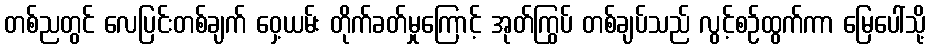
တစ်ညတွင် လေပြင်းတစ်ချက် ဝှေ့ယမ်း တိုက်ခတ်မှုကြောင့် အုတ်ကြွပ် တစ်ချပ်သည် လွင့်စဉ်ထွက်ကာ မြေပေါ်သို့